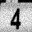
Digit: 4